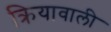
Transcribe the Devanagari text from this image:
क्रियावाली